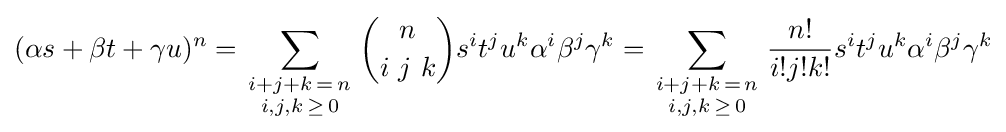
(\alpha s+\beta t+\gamma u)^{n}=\sum _{\begin{smallmatrix}i+j+k\,=\,n\\i,j,k\,\geq \,0\end{smallmatrix}}{n \choose i\ j\ k}s^{i}t^{j}u^{k}\alpha ^{i}\beta ^{j}\gamma ^{k}=\sum _{\begin{smallmatrix}i+j+k\,=\,n\\i,j,k\,\geq \,0\end{smallmatrix}}{\frac {n!}{i!j!k!}}s^{i}t^{j}u^{k}\alpha ^{i}\beta ^{j}\gamma ^{k}